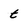
Character: t